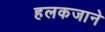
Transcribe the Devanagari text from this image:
हलकजाने